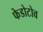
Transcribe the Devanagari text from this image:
फेडोटोव